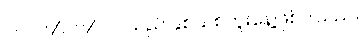
၂၀၂၆/၀၁/၀၁ သည် နှစ်သစ်ကူးနေ့ဖြစ်ပါသည်။